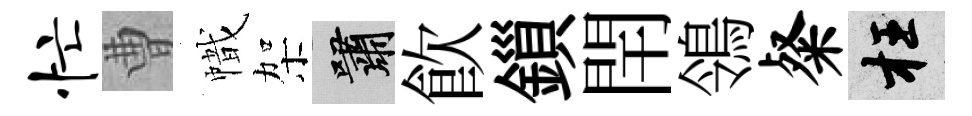
忙曹幟架嘯飮鎻閈鴒粲枉